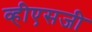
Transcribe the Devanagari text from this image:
व्हीएसजी